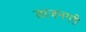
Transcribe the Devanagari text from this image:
ताजनगरी